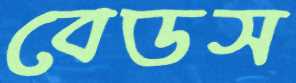
বেডস